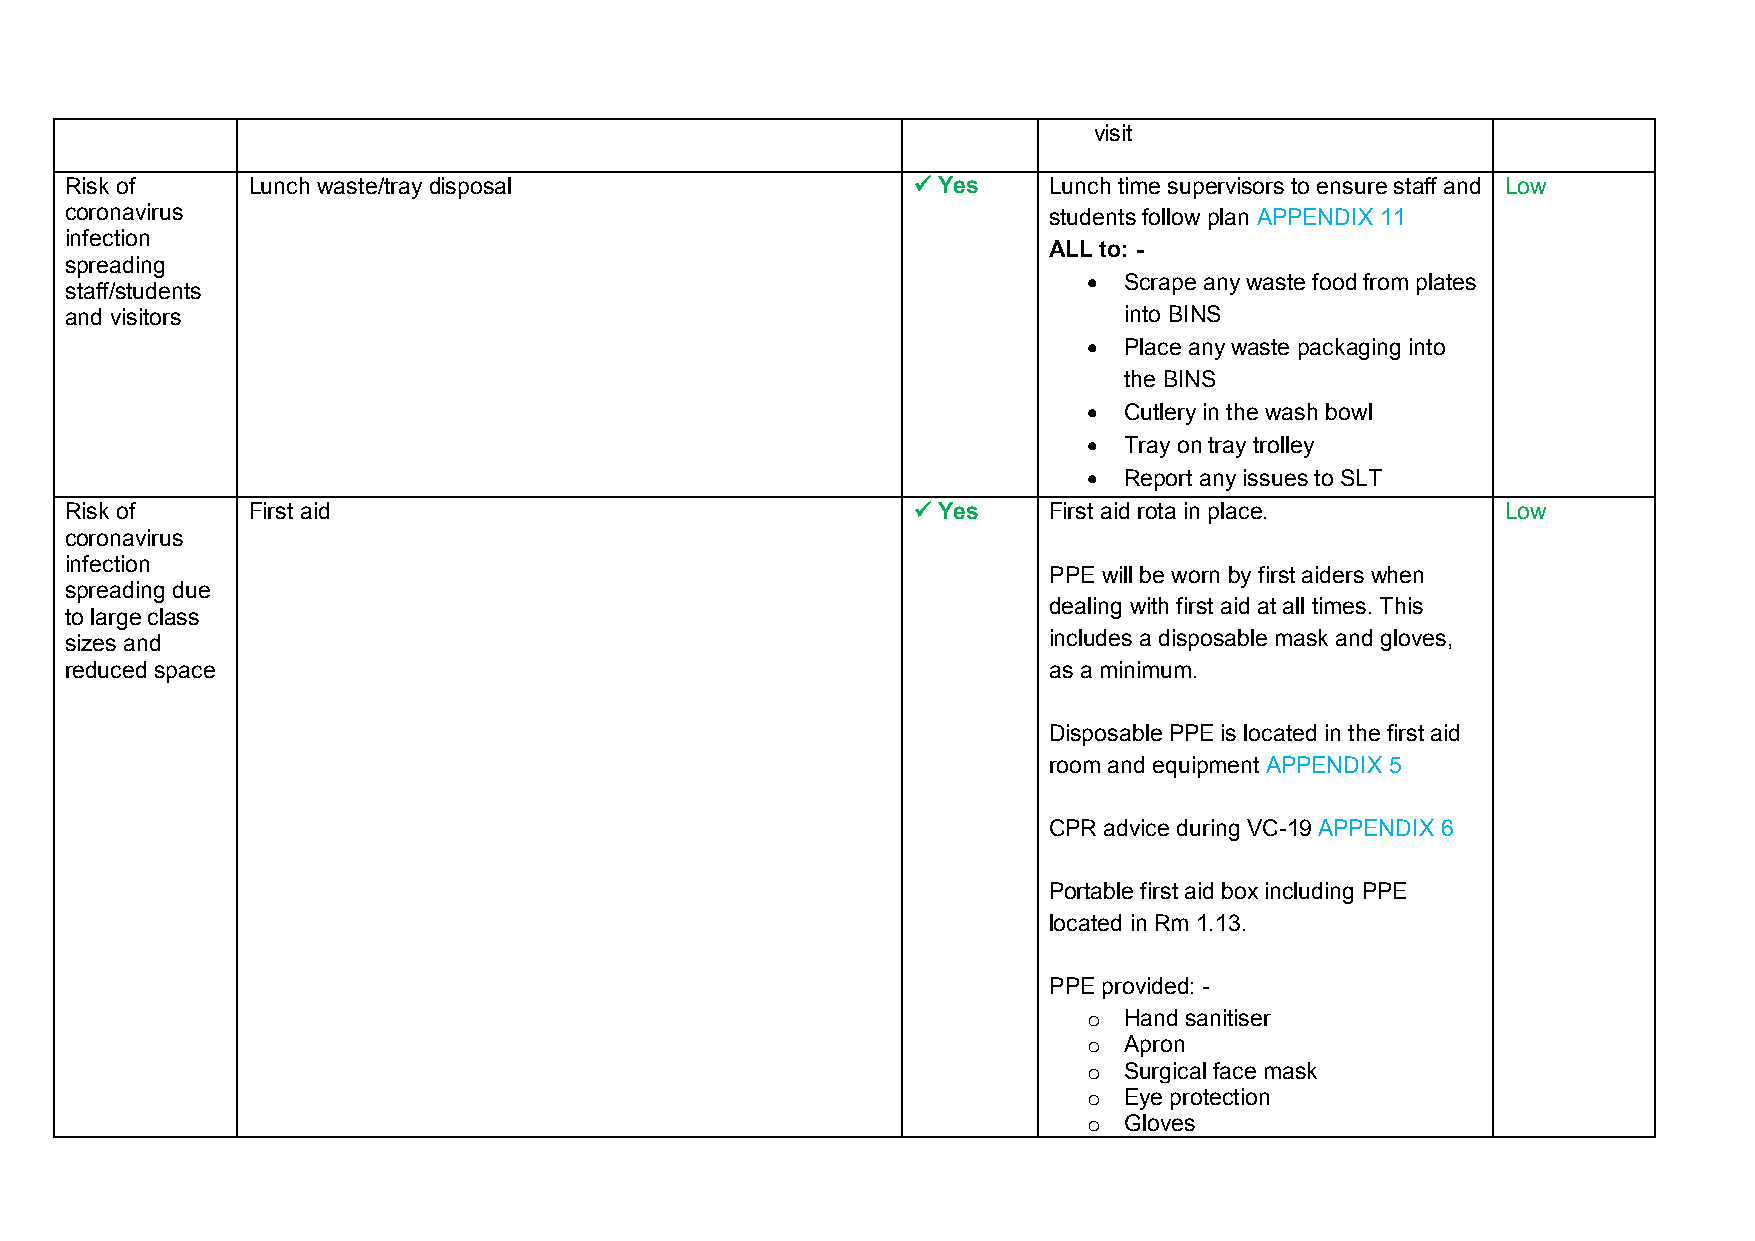
visit
 Risk of     Lunch waste/tray disposal                    Yes    Lunch time supervisors to ensure staff and Low
 coronavirus                                                      students follow plan APPENDIX 11
 infection
 ALL to: -
 spreading
  Scrape any waste food from plates
 staff/students
 and visitors                                                          into BINS
  Place any waste packaging into
 the BINS
  Cutlery in the wash bowl
  Tray on tray trolley
  Report any issues to SLT
 Risk of     First aid                                    Yes    First aid rota in place.       Low
 coronavirus
 infection
 PPE will be worn by first aiders when
 spreading due
 dealing with first aid at all times. This
 to large class
 sizes and                                                        includes a disposable mask and gloves,
 reduced space                                                    as a minimum.
 Disposable PPE is located in the first aid
 room and equipment APPENDIX 5
 CPR advice during VC-19 APPENDIX 6
 Portable first aid box including PPE
 located in Rm 1.13.
 PPE provided: -
 o Hand sanitiser
 o Apron
 o Surgical face mask
 o Eye protection
 o Gloves